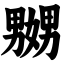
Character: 嬲